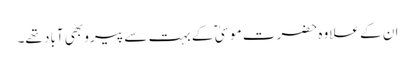
ان کے علاوہ حضرت موسیٰ ؑ کے بہت سے پیرو بھی آباد تھے۔